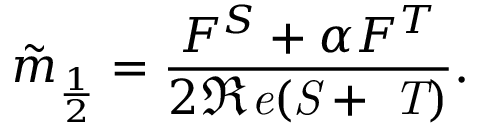
\tilde { m } _ { \frac { 1 } { 2 } } = \frac { F ^ { S } + \alpha F ^ { T } } { 2 \Re \it { e } ( S + \alpha T ) } .